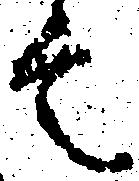
言